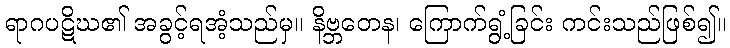
ရာဂပဋိဃ၏ အခွင့်ရအံ့သည်မှ။ နိဗ္ဘတေန၊ ကြောက်ရွံ့ခြင်း ကင်းသည်ဖြစ်၍။